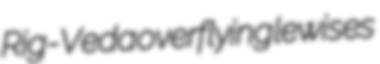
Rig-Veda overflying lewises